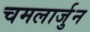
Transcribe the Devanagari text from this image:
चमलार्जुन